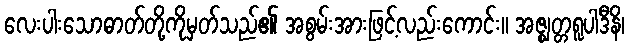
လေးပါးသောဓာတ်တို့ကိုမှတ်သည်၏ အစွမ်းအားဖြင့်လည်းကောင်း။ အဇ္ဈတ္တရူပါဒီနိ၊